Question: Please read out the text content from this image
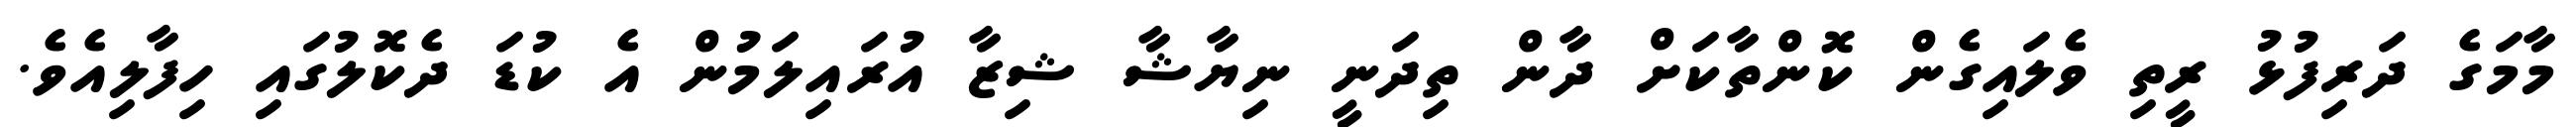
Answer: މާމަގެ ދަރިފުޅު ރީތި ވެލައިގެން ކޮންތާކަށް ދާން ތިދަނީ ނިޔާޝާ ޝިޒާ އުރައިލަމުން އެ ކުޑަ ދެކޮލުގައި ހިފާލިއެވެ.